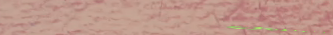
نحن نقدم لكم أفضل الحلول